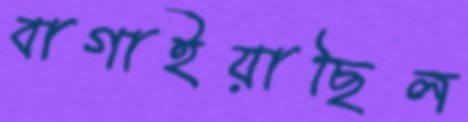
বাগাইয়াছিল